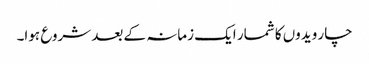
چار ویدوں کا شمار ایک زمانہ کے بعد شروع ہوا۔